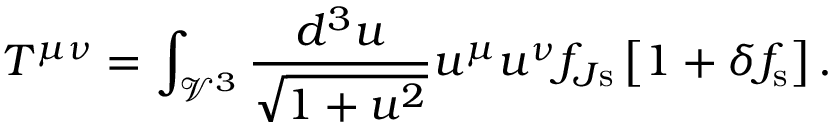
T ^ { \mu \nu } = \int _ { \mathcal { V } ^ { 3 } } \frac { d ^ { 3 } u } { \sqrt { 1 + u ^ { 2 } } } u ^ { \mu } u ^ { \nu } f _ { J \mathrm { s } } \left[ 1 + \delta f _ { \mathrm { s } } \right] .